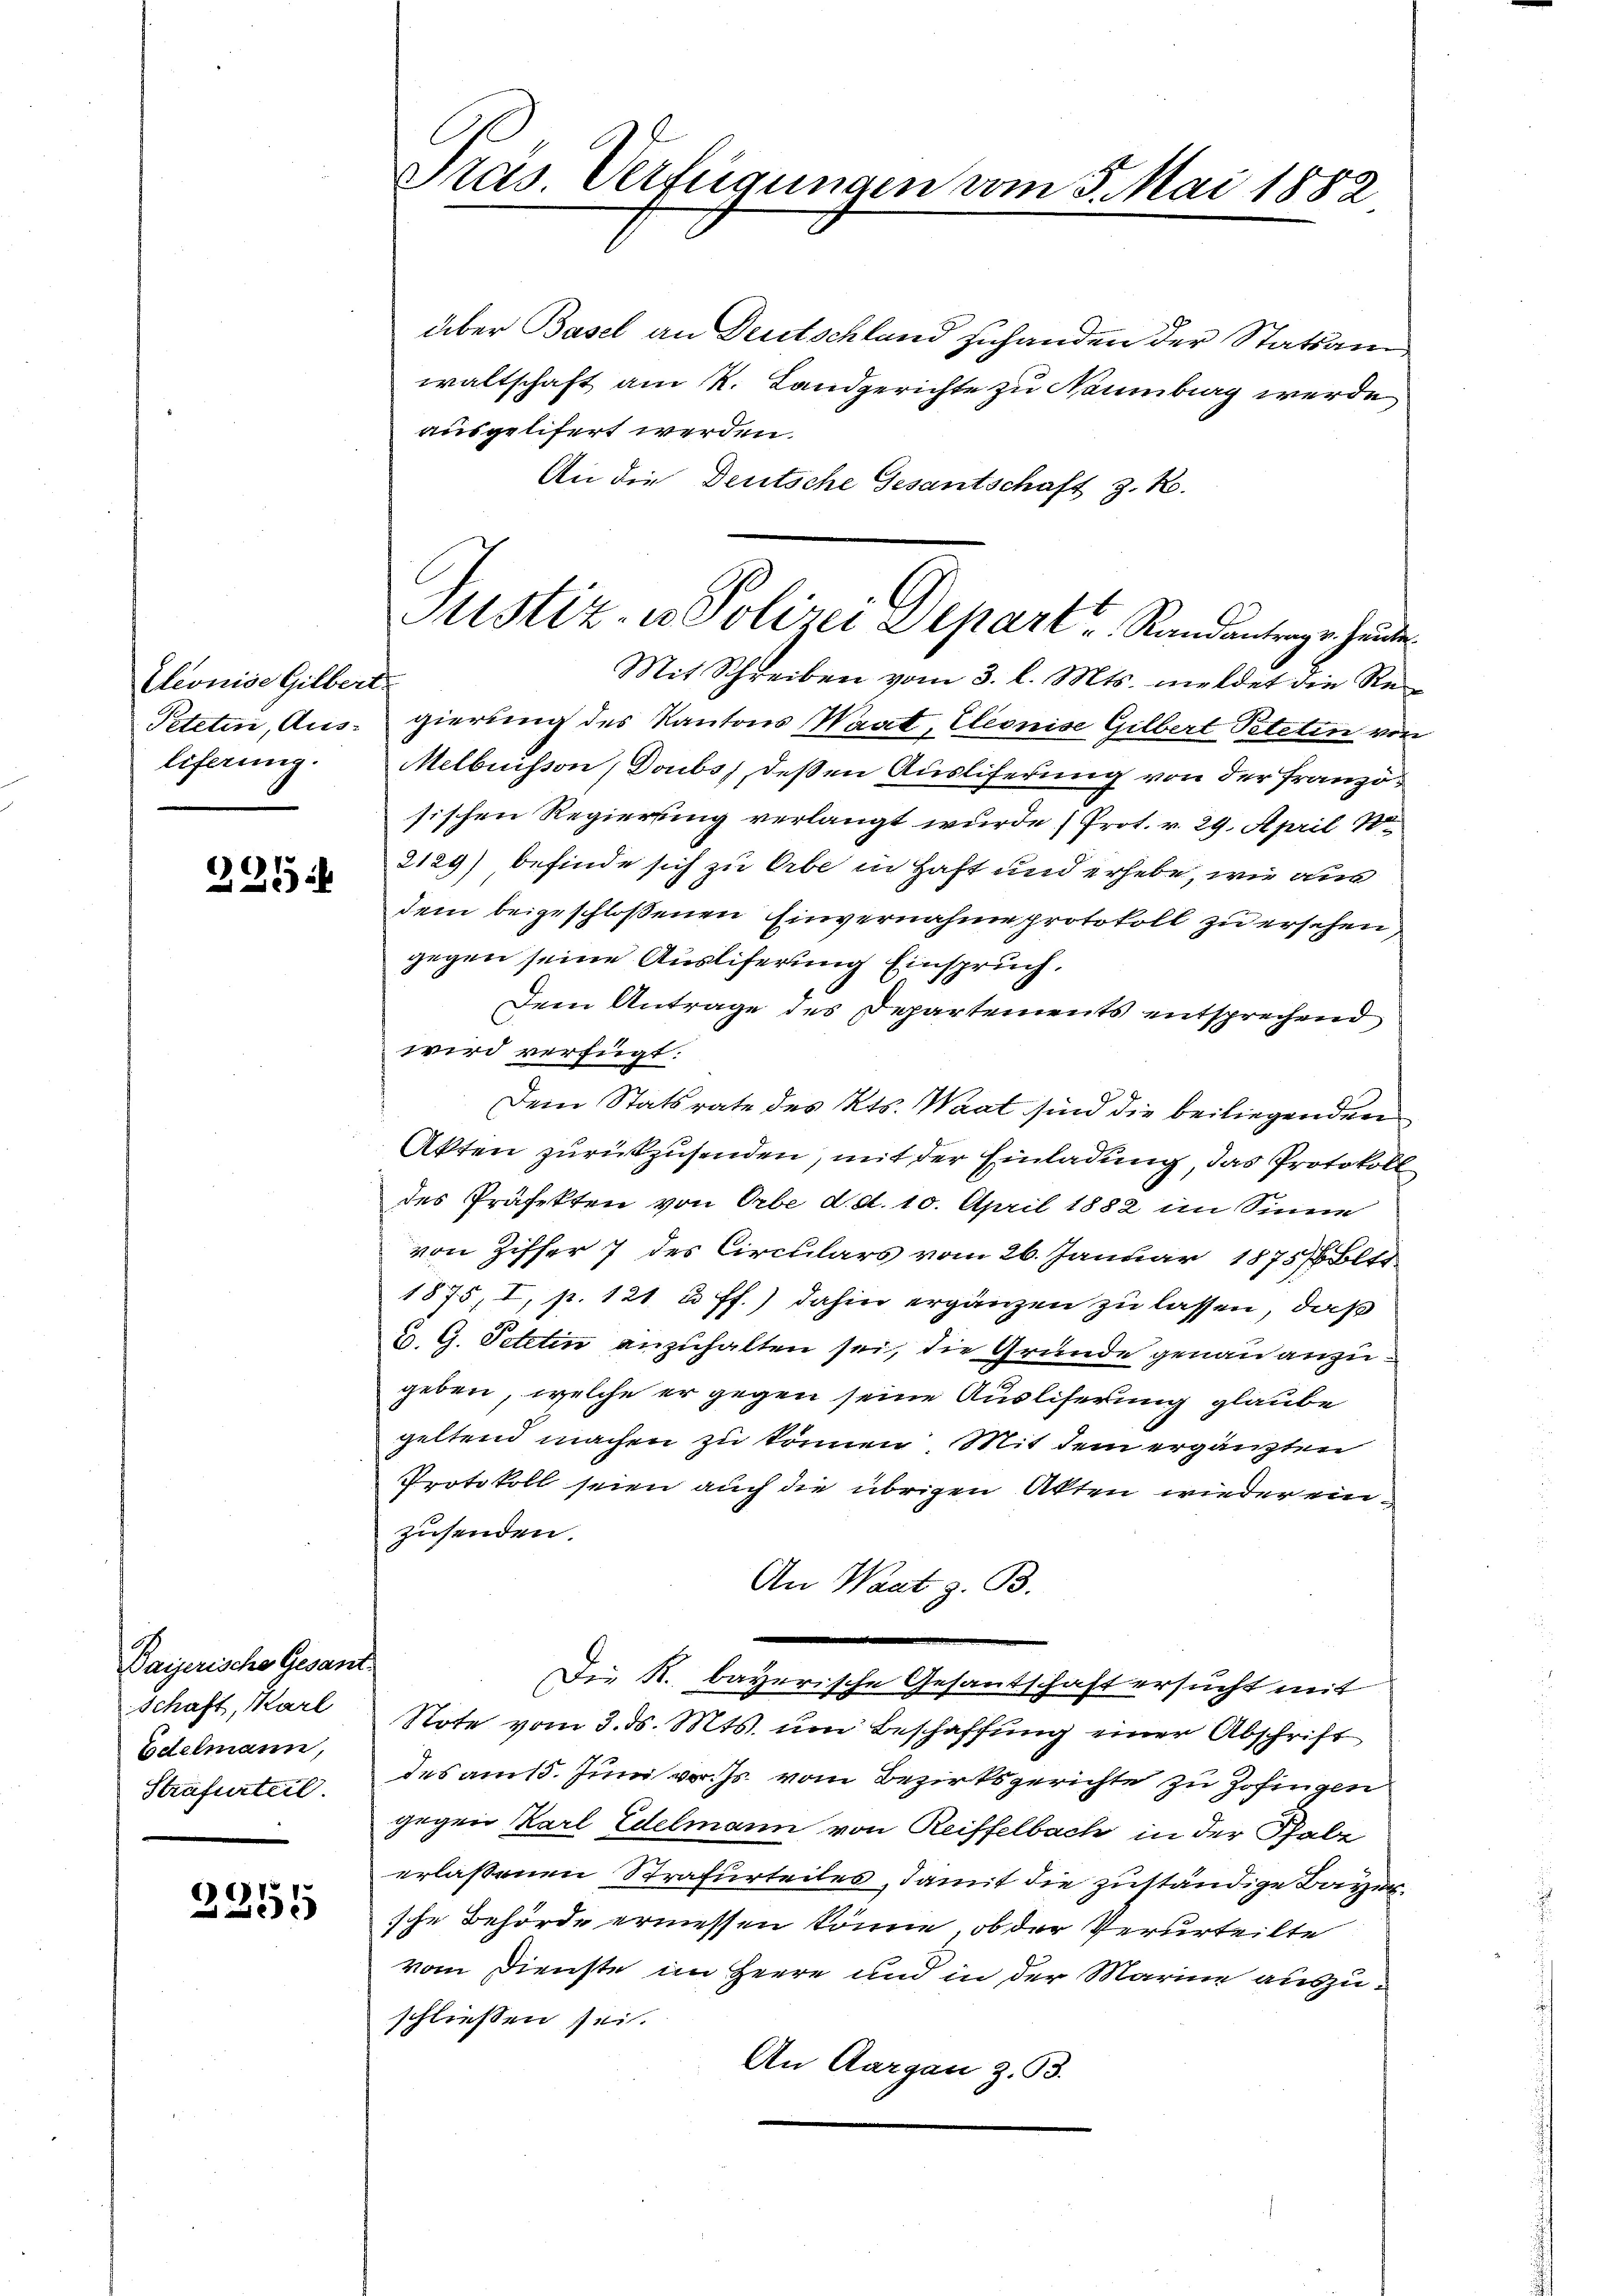
Eleonise Gilbert
Teteten, Aus-
liferung.

235

Baiserische Gesam
Schaft, Karl
Edelmann,
Strafurteil.

2255

Tras Verfügungen vom 5. Mai 1882

Justiz- u Polizei Depart u. Randantrage hunde
Mit Schreiben vom 3. l. Mts. meldet die Re¬

über Basel an Deutschland zuhanden der Statsan
waltschaft am R. Landgerichte zu Naumburg werde
ausgelifert werden.
An die Deutsche Gesantschaft z. B.
gierung des Kantons Waat, Eleonise Gilbert Peteten von
Melbuisson (Doubs deßen Ausliferung von der Französischen Regierung verlangt wurde (Prot. v. 29. April 18
2129) befinde sich zu Erbe in Haft und erhebe, wie aus
dem beigeschloßenen Einvernahme protokoll zu ersehen
gegen seine Ausliferung Einspruch,
Dem Antrage des Departements entsprechend
wird verfügt:
Dem Statsrate des Kts. Waat sind die beiliegenden
Akten zurückzusenden, mit der Einladung, das Protokoll
des Präfekten von Orbe d.d. 10. April 1882 im Sinne
von Ziffer 7 des Circulars vom 26. Januar 1875 Olte
1875, I, p. 121 u. ff.) dahin ergänzen zu lassen, daß
u. G. Petitin anzuhalten sei, die Grunde genau anzugeben, welche er gegen seine Auslieferung glaube
geltend machen zu können Mit dem ergänzten
Protokoll seien auch die übrigen Akten wieder einzusenden.
An Wart z. B.
Die K. bayerische Gesantschaft ersucht mit
Note vom 3. d. Mts. um Beschaffung einer Abschrift
des am 15. Juni vor. Js. vom Bezirksgerichte zu Zofingen
gegen Karl Edelmann von Reiffelbach in der Thabe
erlassenen Strafurteiles, damit die zuständige Baron
sche Behörde ermessen könne, ob der Verurteilte
vom Dienste im Herre und in der Marine auszuschliessen sei.
An Aargau z. 93.